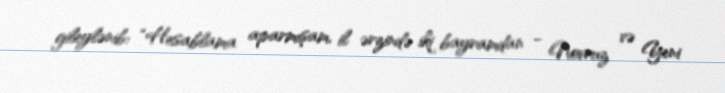
gileylənib: “Hesablama aparmışam, il ərzində iki bayramdan - Novruz və Yeni